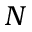
N